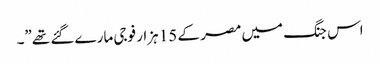
اس جنگ میں مصر کے 15 ہزار فوجی مارے گئے تھے”۔